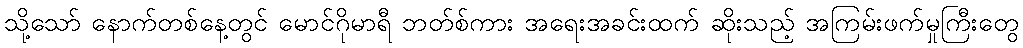
သို့သော် နောက်တစ်နေ့တွင် မောင်ဂိုမာရီ ဘတ်စ်ကား အရေးအခင်းထက် ဆိုးသည့် အကြမ်းဖက်မှုကြီးတွေ